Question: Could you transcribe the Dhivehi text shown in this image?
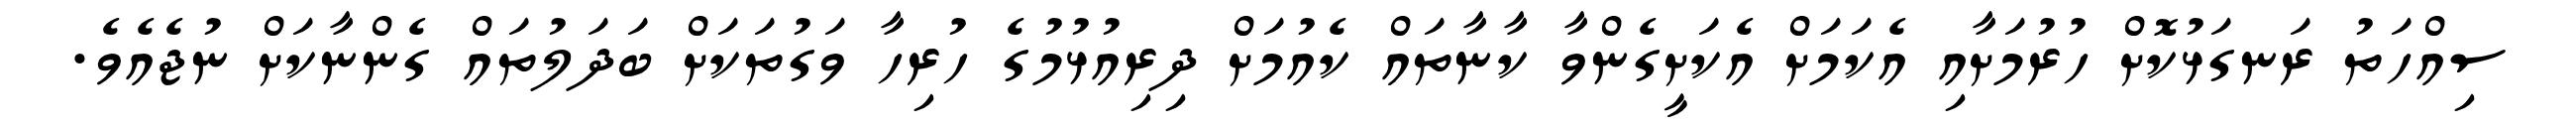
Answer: ސިއްހަތު ރަނގަޅުކޮށް ހުރުމަށާއި އެކަމަށް އެކަށީގެންވާ ކާނާތައް ކެއުމަށް ދިރިއުޅުމުގެ ހުރިހާ ވަގުތަކަށް ބަދަލުތައް ގެންނާކަށް ނުޖެއެވެ.